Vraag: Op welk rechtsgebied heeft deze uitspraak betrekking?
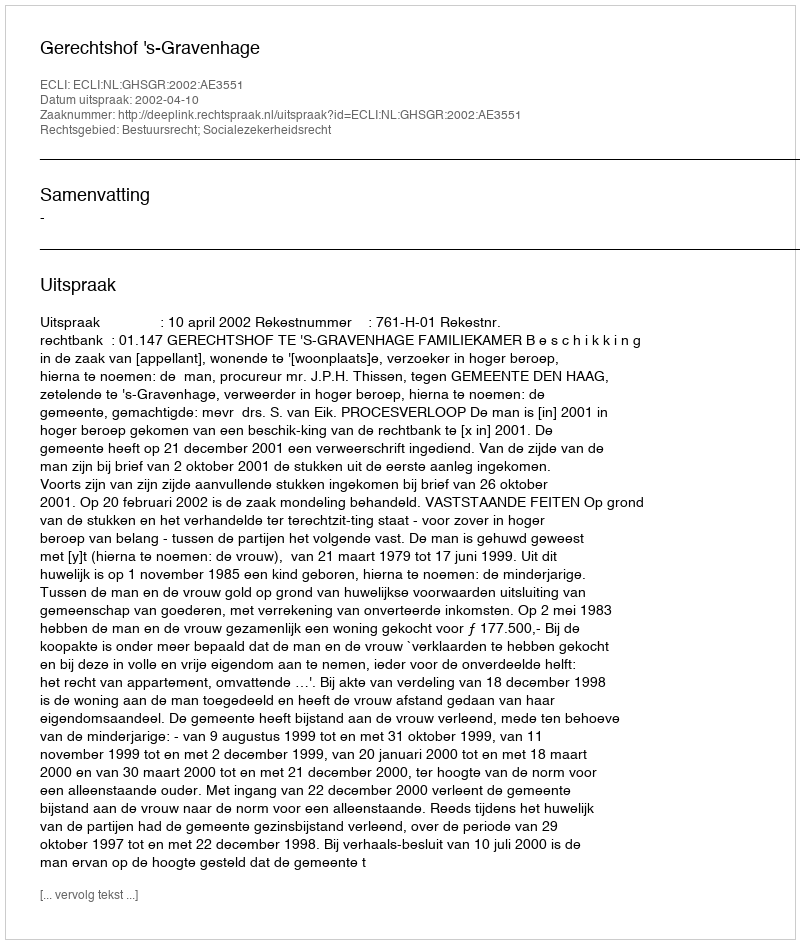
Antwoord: Bestuursrecht; Socialezekerheidsrecht